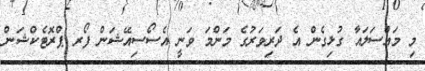
މި މައްސަލައާ ގުޅިގެން އެ ދަރިވަރުގެ މަންމަ ވަނީ އެސޯސިއޭޝަން ފޯރ ޕްރޮޓެކްޝަން